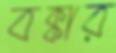
বক্কার